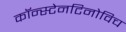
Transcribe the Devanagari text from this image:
कॉन्स्टेनटिनोविच